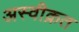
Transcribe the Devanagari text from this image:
अस्वीक्रत